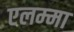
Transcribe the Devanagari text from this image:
एलम्‍मा